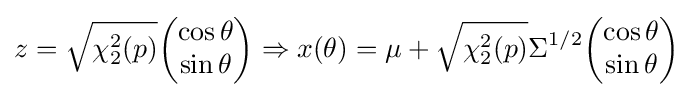
z={\sqrt {\chi _{2}^{2}(p)}}{\begin{pmatrix}\cos \theta \\\sin \theta \end{pmatrix}}\Rightarrow x(\theta )=\mu +{\sqrt {\chi _{2}^{2}(p)}}\Sigma ^{1/2}{\begin{pmatrix}\cos \theta \\\sin \theta \end{pmatrix}}